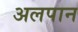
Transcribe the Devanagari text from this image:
अलपान